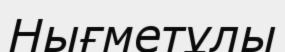
Нығметұлы